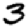
Digit: 3